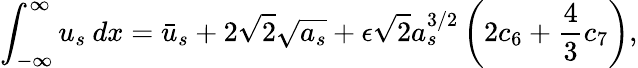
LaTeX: \int_{-\infty}^{\infty}u_{s}\: dx=\bar{u}_{s}+2\sqrt{2}\sqrt{a_{s}}+\epsilon\sqrt{2}a_{s}^{3/2}\left(2c_{6}+\frac{4}{3}c_{7}\right),